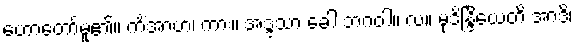
ဟောတော်မူ၏။ ကိံအာဟ၊ ကား။ အဒ္ဒသာ ခေါ ဘဂဝါ။ လ။ မုဒိန္ဒြိယေတိ အာဒိ၊